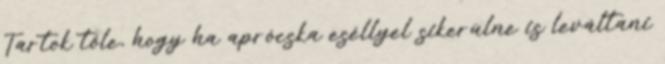
Tartok tőle, hogy ha aprócska eséllyel sikerülne is leváltani